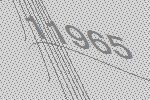
11965